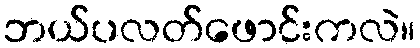
ဘယ်ပလတ်ဖောင်းကလဲ။